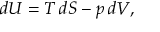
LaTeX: d U = T \, d S - p \, d V ,